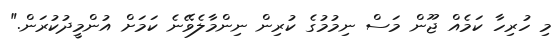
މި ހުރިހާ ކަމެއް ޖޫން މަސް ނިމުމުގެ ކުރިން ނިންމާލެވޭނެ ކަމަށް އުންމީދުކުރަން."